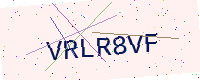
Text: VRLR8VF